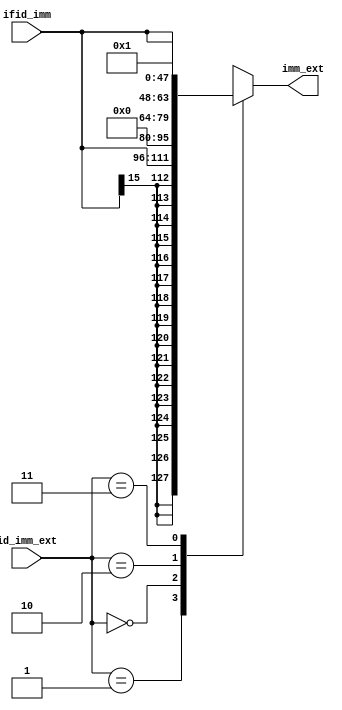
module Ext_unit(
    input [15:0] ifid_imm,
    input [1:0] id_imm_ext,
    output reg [31:0] imm_ext
    );

    parameter UNSIGN_EXT = 0;
    parameter SIGN_EXT   = 1;
    parameter LUI        = 2;
    parameter CONST_4    = 3;

    always @(*) begin
        case (id_imm_ext)
        SIGN_EXT: imm_ext = { {16{ifid_imm[15]}}, ifid_imm};
        UNSIGN_EXT: imm_ext = { {16{1'b0}}, ifid_imm };
        LUI: imm_ext = { ifid_imm, 16'd0 };
        CONST_4: imm_ext = 32'd1;  // (ex_imm_ext << 2) == 4
        endcase
    end

endmodule